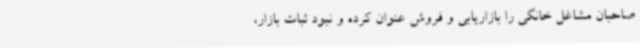
صاحبان مشاغل خانگی را بازاریابی و فروش عنوان کرده و نبود ثبات بازار،